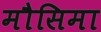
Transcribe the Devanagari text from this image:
मौसिमा